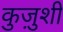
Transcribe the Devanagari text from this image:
कुज़ुशी